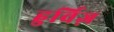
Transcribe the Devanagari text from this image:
हुर्विज़